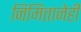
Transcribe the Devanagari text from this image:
निमित्तानेही